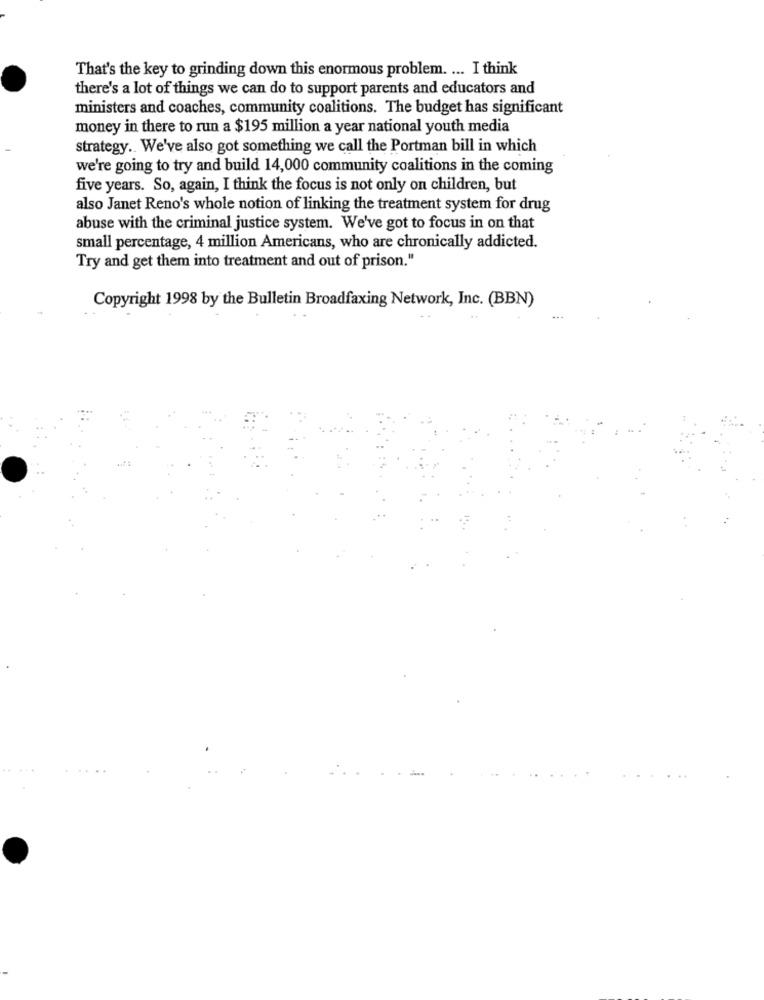
That's the key to grinding down this enormous problem. ... I think
there's a lot of things we can do to support parents and educators and
ministers and coaches, community coalitions. The budget has significant
money in there to run a $195 million a year national youth media
strategy .. We've also got something we call the Portman bill in which
we're going to try and build 14,000 community coalitions in the coming
five years. So, again, I think the focus is not only on children, but
also Janet Reno's whole notion of linking the treatment system for drug
abuse with the criminal justice system. We've got to focus in on that
small percentage, 4 million Americans, who are chronically addicted.
Try and get them into treatment and out of prison."
Copyright 1998 by the Bulletin Broadfaxing Network, Inc. (BBN)